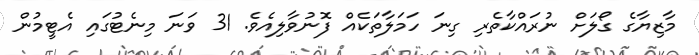
މާޒިޔާގެ ގޯލަށް ނުރައްކާތެރި ގިނަ ހަމަލާތަކެއް ފޮނުވާލިއެވެ. 31 ވަނަ މިނެޓުގައި އެޓީމުން